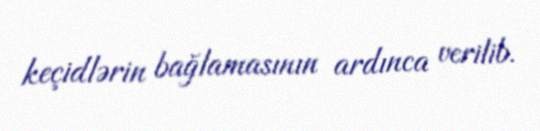
keçidlərin bağlamasının ardınca verilib.